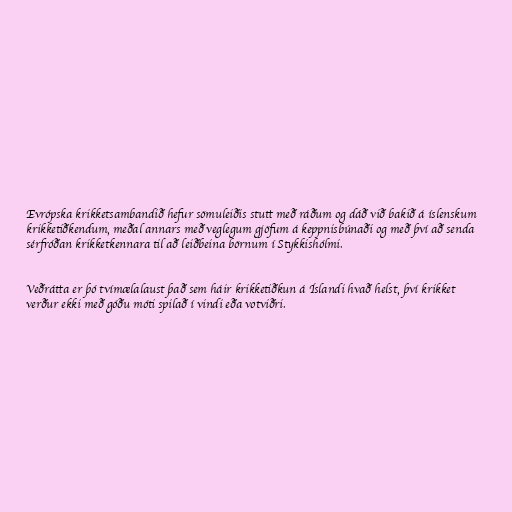
Evrópska krikketsambandið hefur sömuleiðis stutt með ráðum og dáð við bakið á íslenskum
krikketiðkendum, meðal annars með veglegum gjöfum á keppnisbúnaði og með því að senda
sérfróðan krikketkennara til að leiðbeina börnum í Stykkishólmi.

Veðrátta er þó tvímælalaust það sem háir krikketiðkun á Íslandi hvað helst, því krikket
verður ekki með góðu móti spilað í vindi eða votviðri.